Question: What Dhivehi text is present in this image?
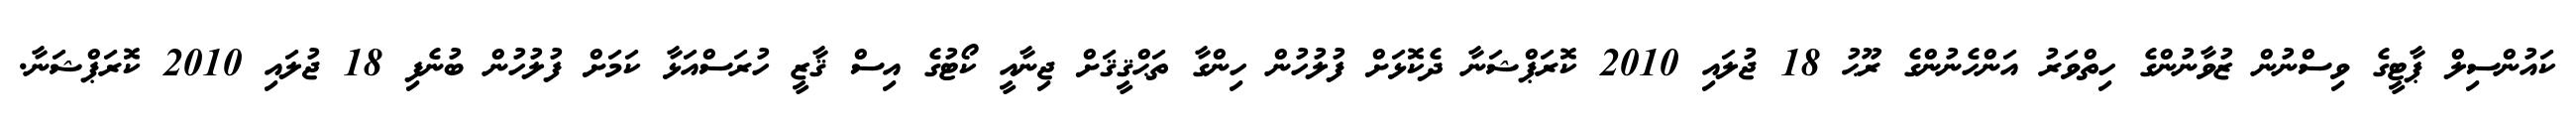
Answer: ކައުންސިލް ޕާޓީގެ ވިސްނުން ޒުވާނުންގެ ހިތްވަރު އަންހެނުންގެ ރޫޙު 18 ޖުލައި 2010 ކޮރަޕްޝަނާ ދެކޮޅަށް ފުލުހުން ހިންގާ ތަޙްޤީޤަށް ޖިނާއީ ކޯޓުގެ އިސް ޤާޒީ ހުރަސްއަޅާ ކަމަށް ފުލުހުން ބުނެފި 18 ޖުލައި 2010 ކޮރަޕްޝަނާ.